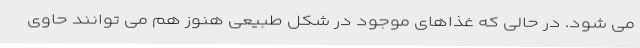
می شود. در حالی که غذاهای موجود در شکل طبیعی هنوز هم می توانند حاوی